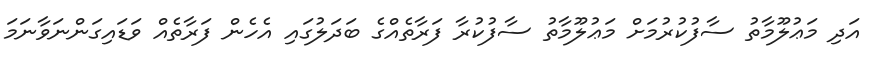
އަދި މަޢުލޫމާތު ސާފުކުރުމަށް މަޢުލޫމާތު ސާފުކުރާ ފަރާތެއްގެ ބަދަލުގައި އެހެން ފަރާތެއް ވަޑައިގަންނަވާނަމަ